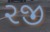
૨જી